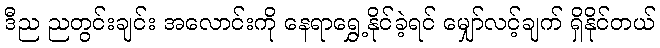
ဒီည ညတွင်းချင်း အလောင်းကို နေရာရွှေ့နိုင်ခဲ့ရင် မျှော်လင့်ချက် ရှိနိုင်တယ်